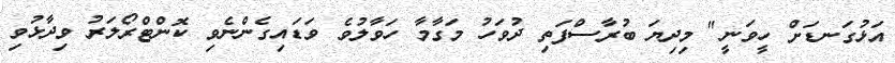
އަޅުގަނޑަށް ހީވަނީ" މިދިޔަ ބުރާސްފަތި ދުވަހު މަގާމާ ހަވާލުވެ ވަޑައިގެންނެވި ކޮންޓްރޯލަރު ވިދާޅުވި